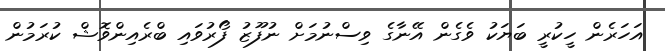
އަހަރެން ހީކުރީ ބަޔަކު ވެގެން އޭނާގެ ވިސްނުމަށް ނުފޫޒު ފޯރުވައި ބްރެއިންވޮޝް ކުރަމުން